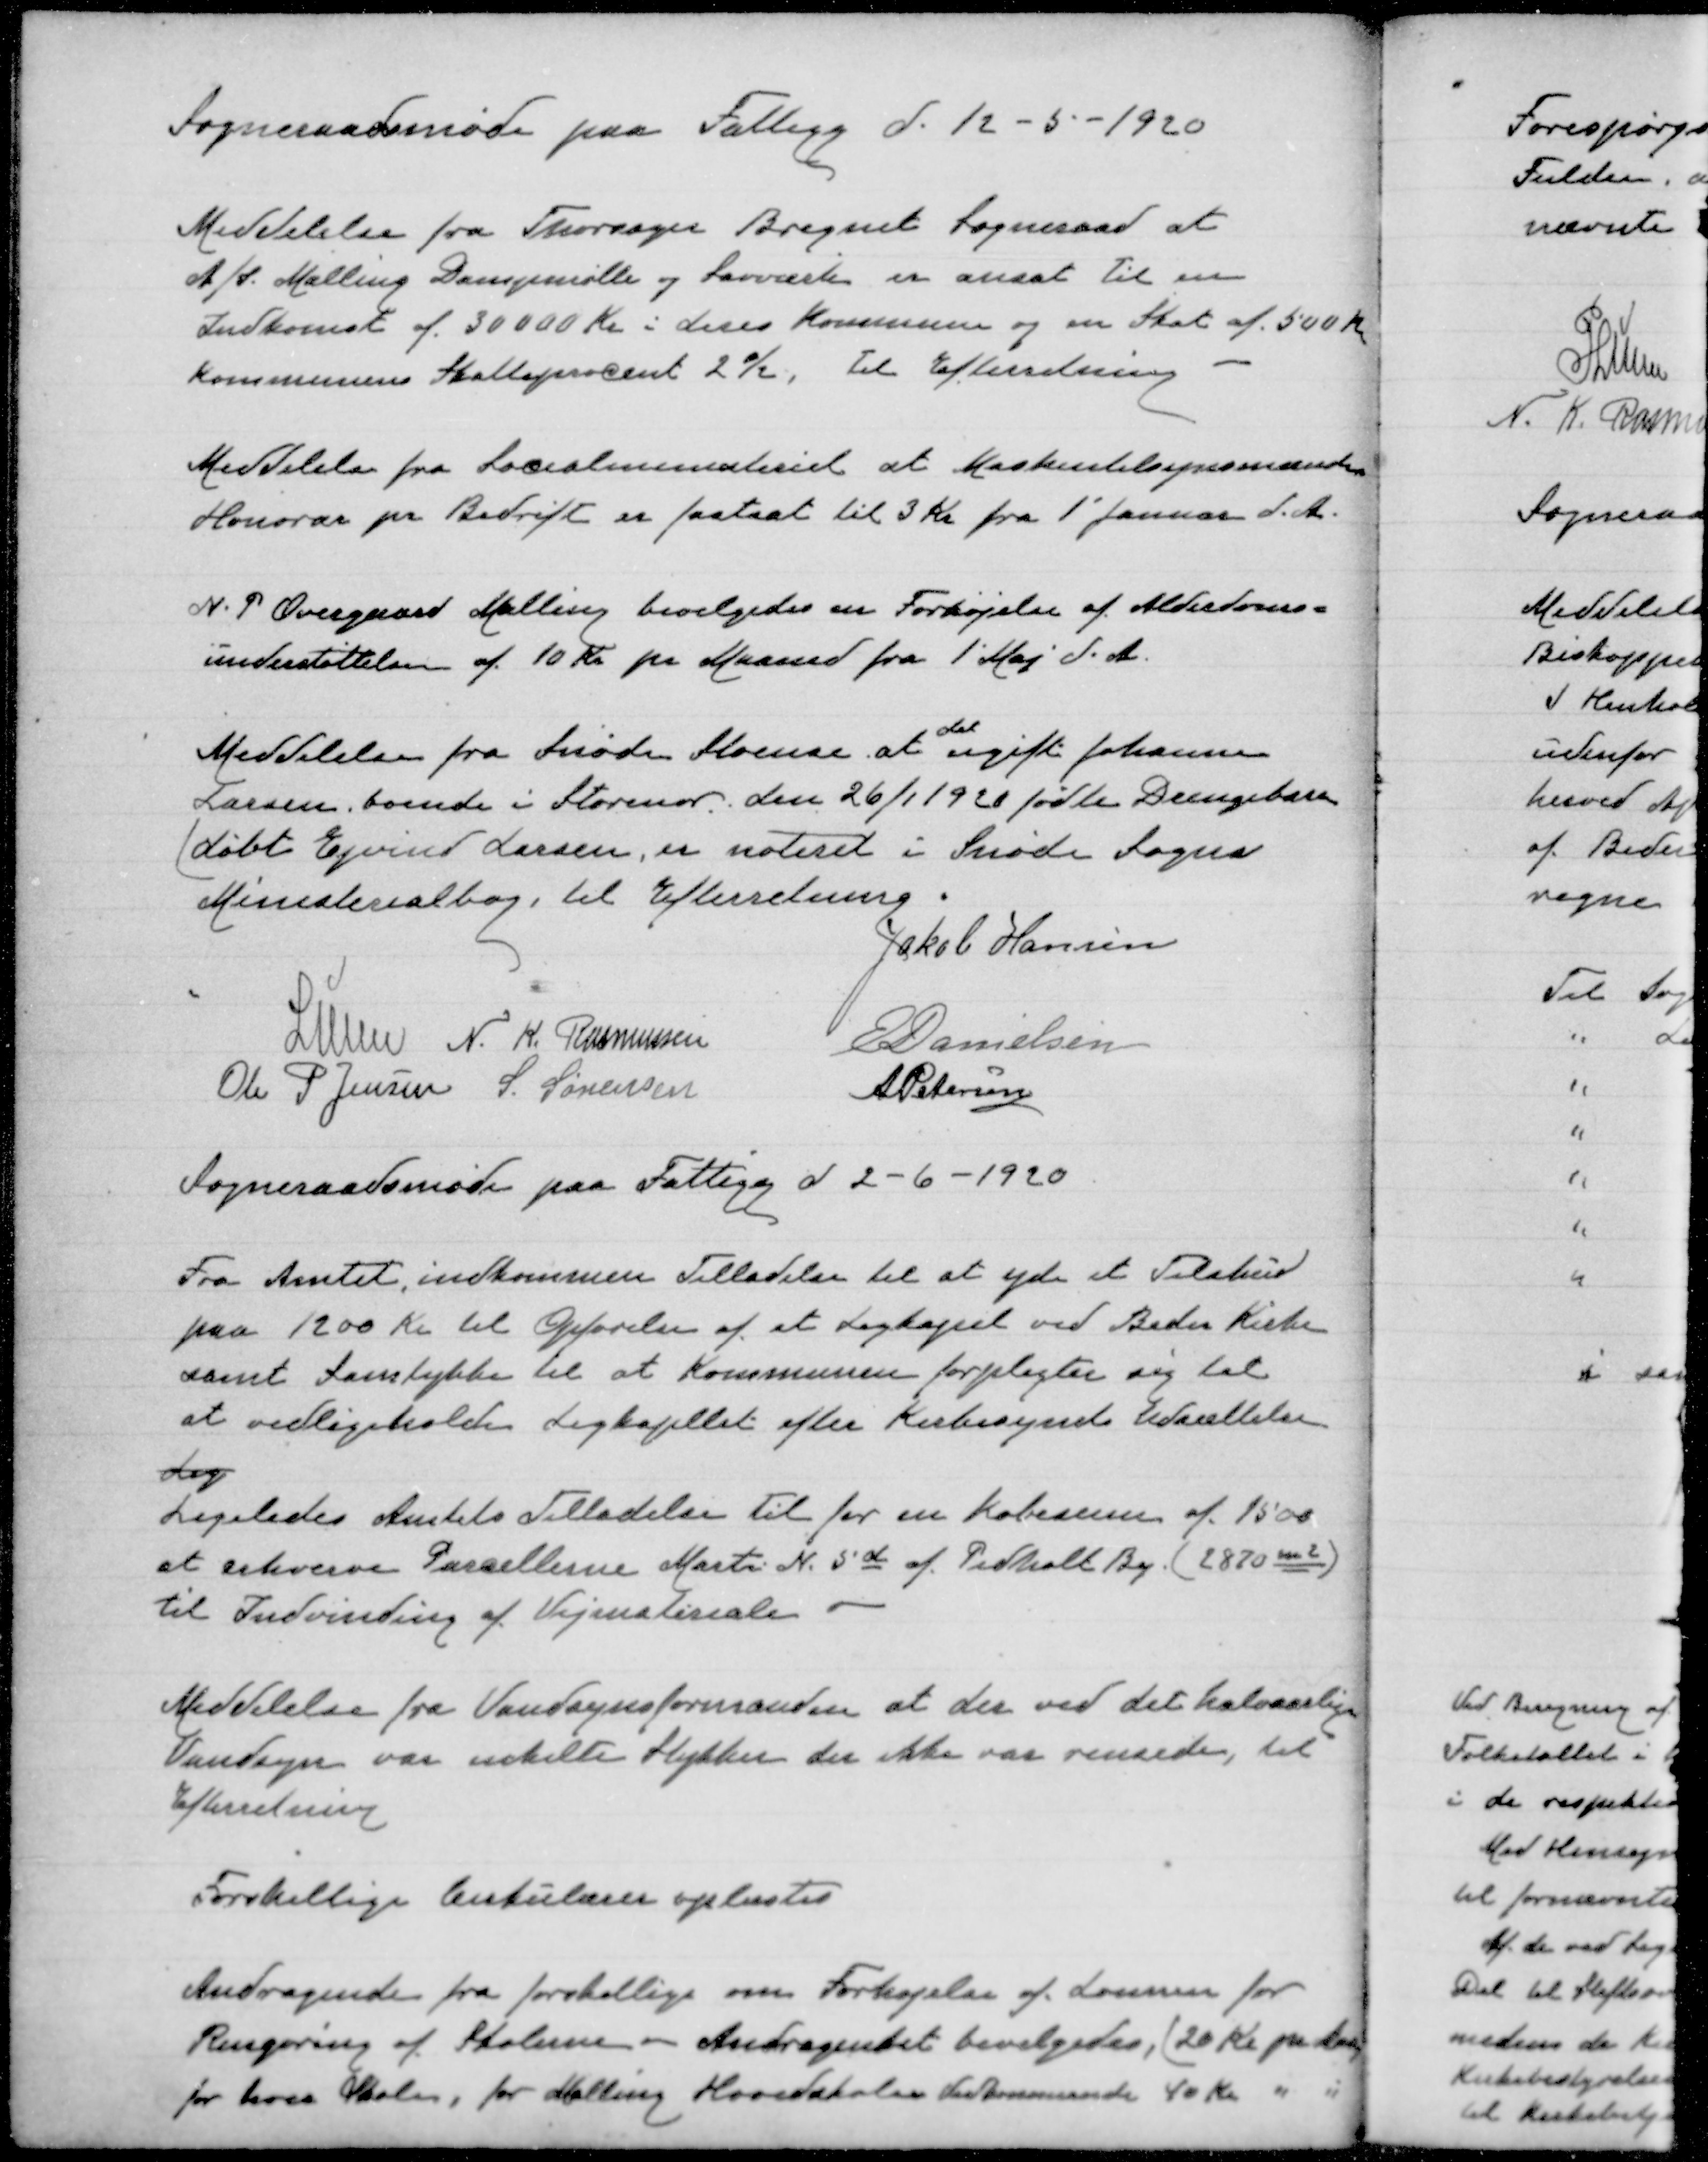
Transskription:
Sogneraadsmøde paa Fattigg d. 12-5-1920

Meddelelse fra Thorsager Bregnet Sogneraad at
A/S. Malling Dampmølle og Savværk er ansat til en
Indkomst af 30000 Kr i deres Kommune og en Skat af 500 Kr
Kommunens Skatteprocent 2 %. Til Efterretning

Meddelelse fra Socialministeriet at Maskintilsynsmænds
Honorar pr Bedrift er fastsat til 3 Kr fra 1' Januar d.A.

N. P. Overgaard Malling bevilgedes en Forhøjelse af Alderdoms=
understøttelsen af 10 Kr pr Maaned fra 1' Maj d.A.

Meddelelse fra Snøde Stoense at
det
ugift Johanne
Larsen, boende i Storenor, den 26/1 1920 fødte Drengebarn
(døbt Ejvind Larsen, er noteret i Snøde Sogns
Ministerialbog, til Efterretning

Jakob Hansen
Lunn
N. K. Rasmussen
E Danielsen
Ole P Jensen
S. Sørensen
A Petersen

Sogneraadsmøde paa Fattigg d 2-6-1920

Fra Amtet indkommen Tilladelse til at yde et Tilskud
paa 1200 Kr til Opførelse af et Ligkapel ved Beder Kirke
samt Samtykke til at Kommunen forpligter sig til
at vedligeholde Ligkapellet efter Kirkesynets udsættelse
dog
Ligeledes Amtets Tilladelse til for en Købesum af 1500
at erhverve Parcellerne Martr N. 5d af Pedholt By (2870m2)
til Indvinding af Vejmaterialer

Meddelelse fra Vandsynsformanden at der ved det halvaarlige
Vandsyn var udskildte Stykker der ikke var rensede, til
Efterretning

Forskellige Cirkulærer oplæstes

Andragende fra forskellige om Forhøjelse af Lønnen for
Rengøring af Skolerne - Andragendet bevilgedes, (20 Kr pr Aar
for hver Skole, for Malling Hovedskoles vedkommende 40 Kr " "